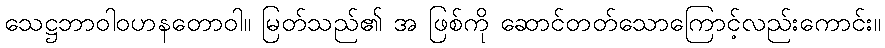
သေဋ္ဌဘာဝါဝဟနတောဝါ။ မြတ်သည်၏ အ ဖြစ်ကို ဆောင်တတ်သောကြောင့်လည်းကောင်း။